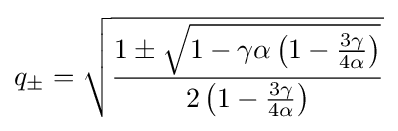
q_{\pm }={\sqrt {\frac {1\pm {\sqrt {1-\gamma \alpha \left(1-{\frac {3\gamma }{4\alpha }}\right)}}}{2\left(1-{\frac {3\gamma }{4\alpha }}\right)}}}